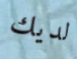
لديك